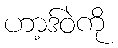
ဟာ့ဒ်ဝဲကို